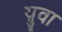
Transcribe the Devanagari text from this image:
य़ुवा